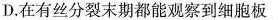
D.在有丝分裂末期都能观察到细胞板